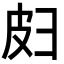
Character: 𫹄